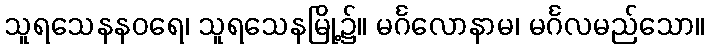
သူရသေနနဝရေ၊ သူရသေနမြို့၌။ မင်္ဂလောနာမ၊ မင်္ဂလမည်သော။